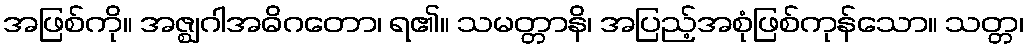
အဖြစ်ကို။ အဇ္ဈဂါအဓိဂတော၊ ရ၏။ သမတ္တာနိ၊ အပြည့်အစုံဖြစ်ကုန်သော။ သတ္တ၊